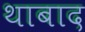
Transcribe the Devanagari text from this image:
थाबाद